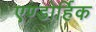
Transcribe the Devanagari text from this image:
एण्डोर्हिक